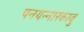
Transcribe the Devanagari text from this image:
पनयन्नारकावु